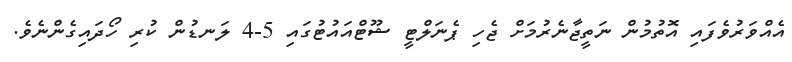
އެއްވަރުވެފައި އޮތުމުން ނަތީޖާނެރުމަށް ޖެހި ޕެނަލްޓީ ޝޫޓްއައުޓުގައި 5-4 ލަނޑުން ކުރި ހޯދައިގެންނެވެ.